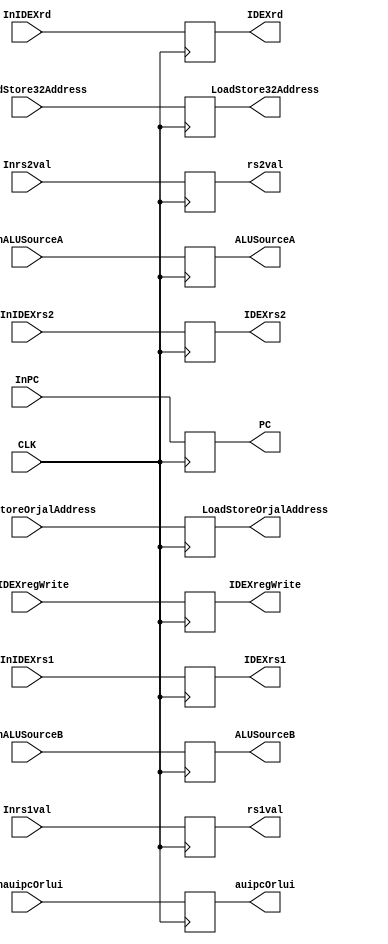
module IDEX(
    CLK,
    InPC,
    Inrs1val,
    Inrs2val,
    InLoadStoreOrjalAddress,
    InauipcOrlui,
    InALUSourceA,
    InALUSourceB,
    InLoadStore32Address,
    PC,
    rs1val,
    rs2val,
    LoadStoreOrjalAddress,
    auipcOrlui,
    ALUSourceA,
    ALUSourceB,
    LoadStore32Address,
    InIDEXrs1,
    InIDEXrs2,
    InIDEXrd,
    InIDEXregWrite,
    IDEXrs1,
    IDEXrs2,
    IDEXregWrite,
    IDEXrd
);

input CLK;
input [31:0] InPC;
input [31:0] Inrs1val;
input [31:0] Inrs2val;
input [31:0] InLoadStoreOrjalAddress;
input [31:0] InauipcOrlui;
input InALUSourceA;
input [1:0] InALUSourceB;
input [31:0] InLoadStore32Address;
input [4:0] InIDEXrs1;
input [4:0] InIDEXrs2;
input [4:0] InIDEXrd;
input InIDEXregWrite;
output reg [4:0] IDEXrs1;
output reg [4:0] IDEXrs2;
output reg [31:0] PC;
output reg [31:0] rs1val;
output reg [31:0] rs2val;
output reg [31:0] LoadStoreOrjalAddress;
output reg [31:0] auipcOrlui;
output reg ALUSourceA;
output reg [1:0] ALUSourceB;
output reg [31:0] LoadStore32Address;
output reg [4:0] IDEXrd;
output reg IDEXregWrite;

always @(posedge CLK) begin
    PC <= InPC;
    rs1val <= Inrs1val;
    rs2val <= Inrs2val;
    LoadStoreOrjalAddress <= InLoadStoreOrjalAddress;
    auipcOrlui <= InauipcOrlui;
    ALUSourceA <= InALUSourceA;
    ALUSourceB <= InALUSourceB;
    LoadStore32Address <= InLoadStore32Address;
    IDEXrs1 <= InIDEXrs1;
    IDEXrs2 <= InIDEXrs2;
    IDEXregWrite <= InIDEXregWrite;
    IDEXrd <= InIDEXrd;
    IDEXregWrite <= InIDEXregWrite;
end

endmodule